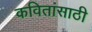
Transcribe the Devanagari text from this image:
कवितांसाठी